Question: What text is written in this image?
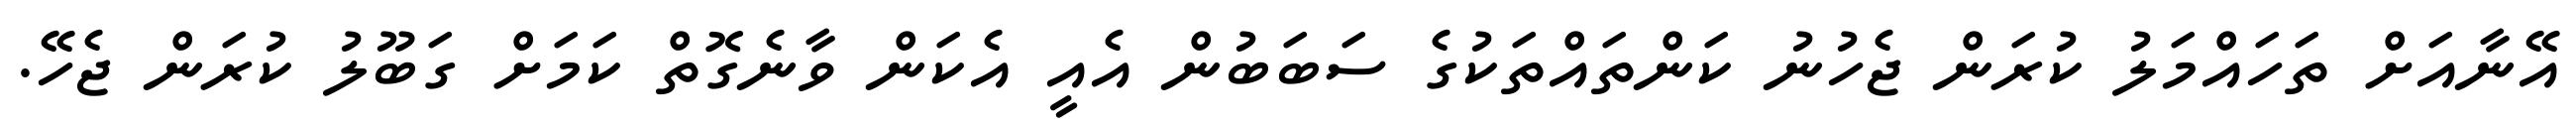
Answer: އޭނާއަށް ތަހައްމަލު ކުރަން ޖެހުނު ކަންތައްތަކުގެ ސަބަބުން އެއީ އެކަން ވާނެގޮތް ކަމަށް ގަބޫލު ކުރަން ޖެހޭ.